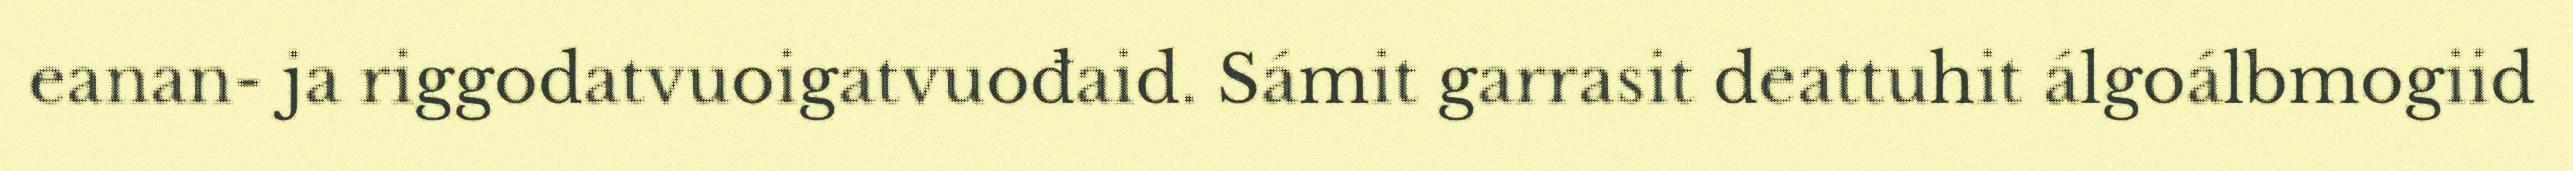
eanan- ja riggodatvuoigatvuođaid. Sámit garrasit deattuhit álgoálbmogiid